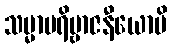
သမ္မာပရိဗ္ဗာဇနီယောပိ